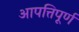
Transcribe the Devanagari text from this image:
आपत्तिपूर्ण